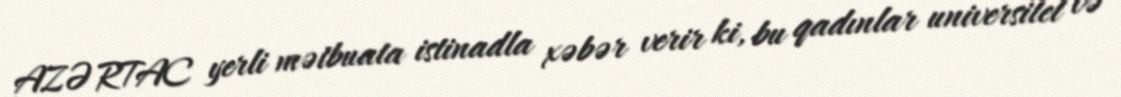
AZƏRTAC yerli mətbuata istinadla xəbər verir ki, bu qadınlar universitet və